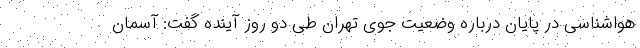
هواشناسی در پایان درباره وضعیت جوی تهران طی دو روز آینده گفت: آسمان